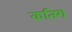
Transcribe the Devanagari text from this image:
कतिरा